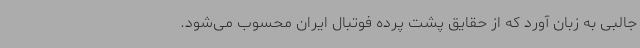
جالبی به زبان آورد که از حقایق پشت پرده فوتبال ایران محسوب می‌شود.